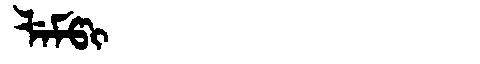
Manchu: ᠯᡝᠮᡦᡳ
Romanization: LEMPI